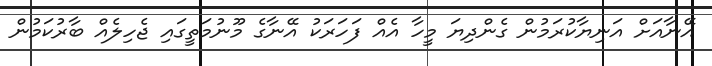
އޭނާއަށް އަނިޔާކުރަމުން ގެންދިޔަ މީހާ އެއް ފަހަރަކު އޭނާގެ މޫނުމަތީގައި ޖެހިލެއް ބާރުކަމުން